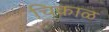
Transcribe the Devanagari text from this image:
चिकाळ